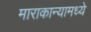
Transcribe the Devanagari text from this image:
माराकान्यामध्ये